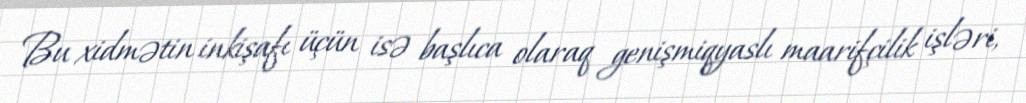
Bu xidmətin inkişafı üçün isə başlıca olaraq genişmiqyaslı maarifçilik işləri,